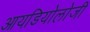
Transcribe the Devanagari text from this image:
आयडियोलोजी